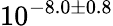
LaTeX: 10^{-8.0\pm 0.8}